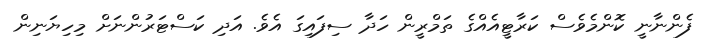
ފެންނާނީ ކޮންމެވެސް ކަރާޓީއެއްގެ ތަމްރީން ހަދާ ސިފައިގަ އެވެ. އަދި ކަސްޓަރުންނަށް މިހިޔަނިން